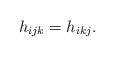
LaTeX: \begin{align*}h_{ijk}=h_{ikj}.\end{align*}